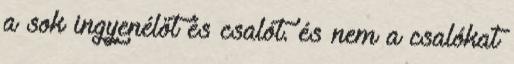
a sok ingyenélőt és csalót. és nem a csalókat